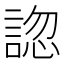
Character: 𧩓